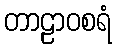
တာဠာဝစရံ